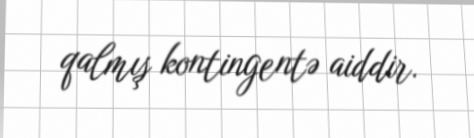
qalmış kontingentə aiddir.